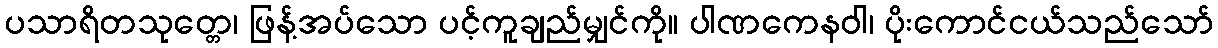
ပသာရိတသုတ္တေ၊ ဖြန့်အပ်သော ပင့်ကူချည်မျှင်ကို။ ပါဏကေနဝါ၊ ပိုးကောင်ငယ်သည်သော်